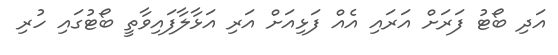
އަދި ބޯޓު ފަރަށް އަރައި އެއް ފަޅިއަށް އަރި އަޅާލާފައިވާތީ ބޯޓުގައި ހުރި